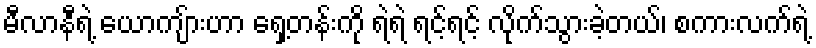
မီလာနီရဲ့ ယောကျ်ားဟာ ရှေ့တန်းကို ရဲရဲ ရင့်ရင့် လိုက်သွားခဲ့တယ်၊ စကားလက်ရဲ့